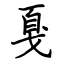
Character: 戛